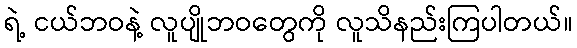
ရဲ့ ငယ်ဘဝနဲ့ လူပျိုဘဝတွေကို လူသိနည်းကြပါတယ်။